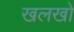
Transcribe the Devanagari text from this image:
खलखो